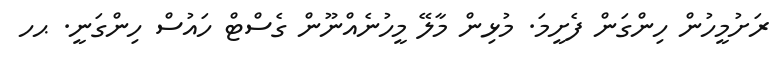
ރަށުމީހުން ހިންގަން ފެށީމަ. މުޅިން މާލޭ މީހުނެއްނޫން ގެސްޓް ހައުސް ހިންގަނީ. ޙހ